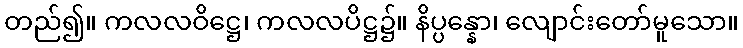
တည်၍။ ကလလဝိဋ္ဌေ၊ ကလလပိဋ္ဌ၌။ နိပ္ပန္နော၊ လျောင်းတော်မူသော။